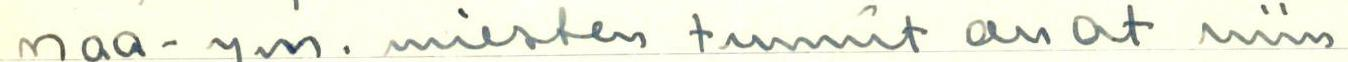
maa- ym. miesten tunnit ovat niin